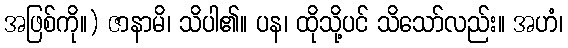
အဖြစ်ကို။) ဇာနာမိ၊ သိပါ၏။ ပန၊ ထိုသို့ပင် သိသော်လည်း။ အဟံ၊